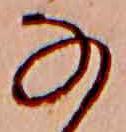
な